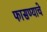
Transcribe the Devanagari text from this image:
फासण्याचे